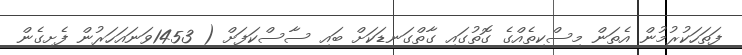
ފަތަހަކުރުމުން އެތަން މިސްކިތެއްގެ ގޮތުގައި ގާތްގަނޑަކަށް ބައި ސާސްކަފަށް ( 1453ވަނައަހަރުން ފެށިގެން